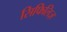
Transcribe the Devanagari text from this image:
सिफिलिज़